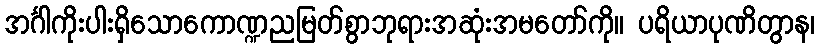
အင်္ဂါကိုးပါးရှိသောကောဏ္ဍညမြတ်စွာဘုရားအဆုံးအမတော်ကို။ ပရိယာပုဏိတွာန၊